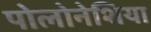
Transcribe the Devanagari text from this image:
पोलोनेशिया